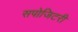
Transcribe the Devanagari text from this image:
सपोजिटरी